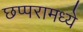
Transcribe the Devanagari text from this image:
छप्परामध्ये